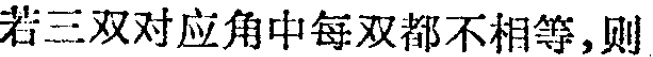
若三双对应角中每双都不相等，则